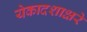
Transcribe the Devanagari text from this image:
येकादशाक्षरे